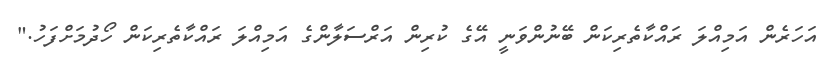
އަހަރެން އަމިއްލަ ރައްކާތެރިކަން ބޭނުންވަނީ އޭގެ ކުރިން އަރްސަލާންގެ އަމިއްލަ ރައްކާތެރިކަން ހޯދުމަށްފަހު."